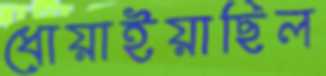
ধোয়াইয়াছিল